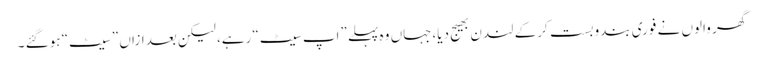
گھر والوں نے فوری بندوبست کرکے لندن بھیج دیا،جہاں وہ پہلے ”اپ سیٹ“ رہے، لیکن بعدازاں ”سیٹ“ ہوگئے ۔